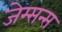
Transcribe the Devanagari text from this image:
जेम्सन्स